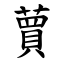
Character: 蕒